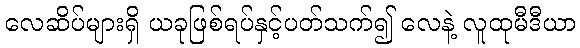
လေဆိပ်များရှိ ယခုဖြစ်ရပ်နှင့်ပတ်သက်၍ လေနဲ့ လူထုမီဒီယာ